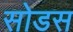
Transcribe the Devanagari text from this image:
सोडस